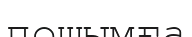
пошымға